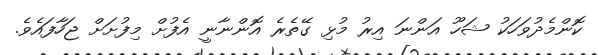
ކޮންމެދުވަހަކު ޝަހޫ އަންނަ އިރު މުޅި ގޭތެރެ އޮންނާނީ އެފުށް މިފުށަށް ޖަހާފައެވެ.